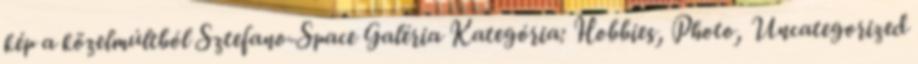
kép a közelmúltból Sztefano-Space Galéria Kategória: Hobbies, Photo, Uncategorized